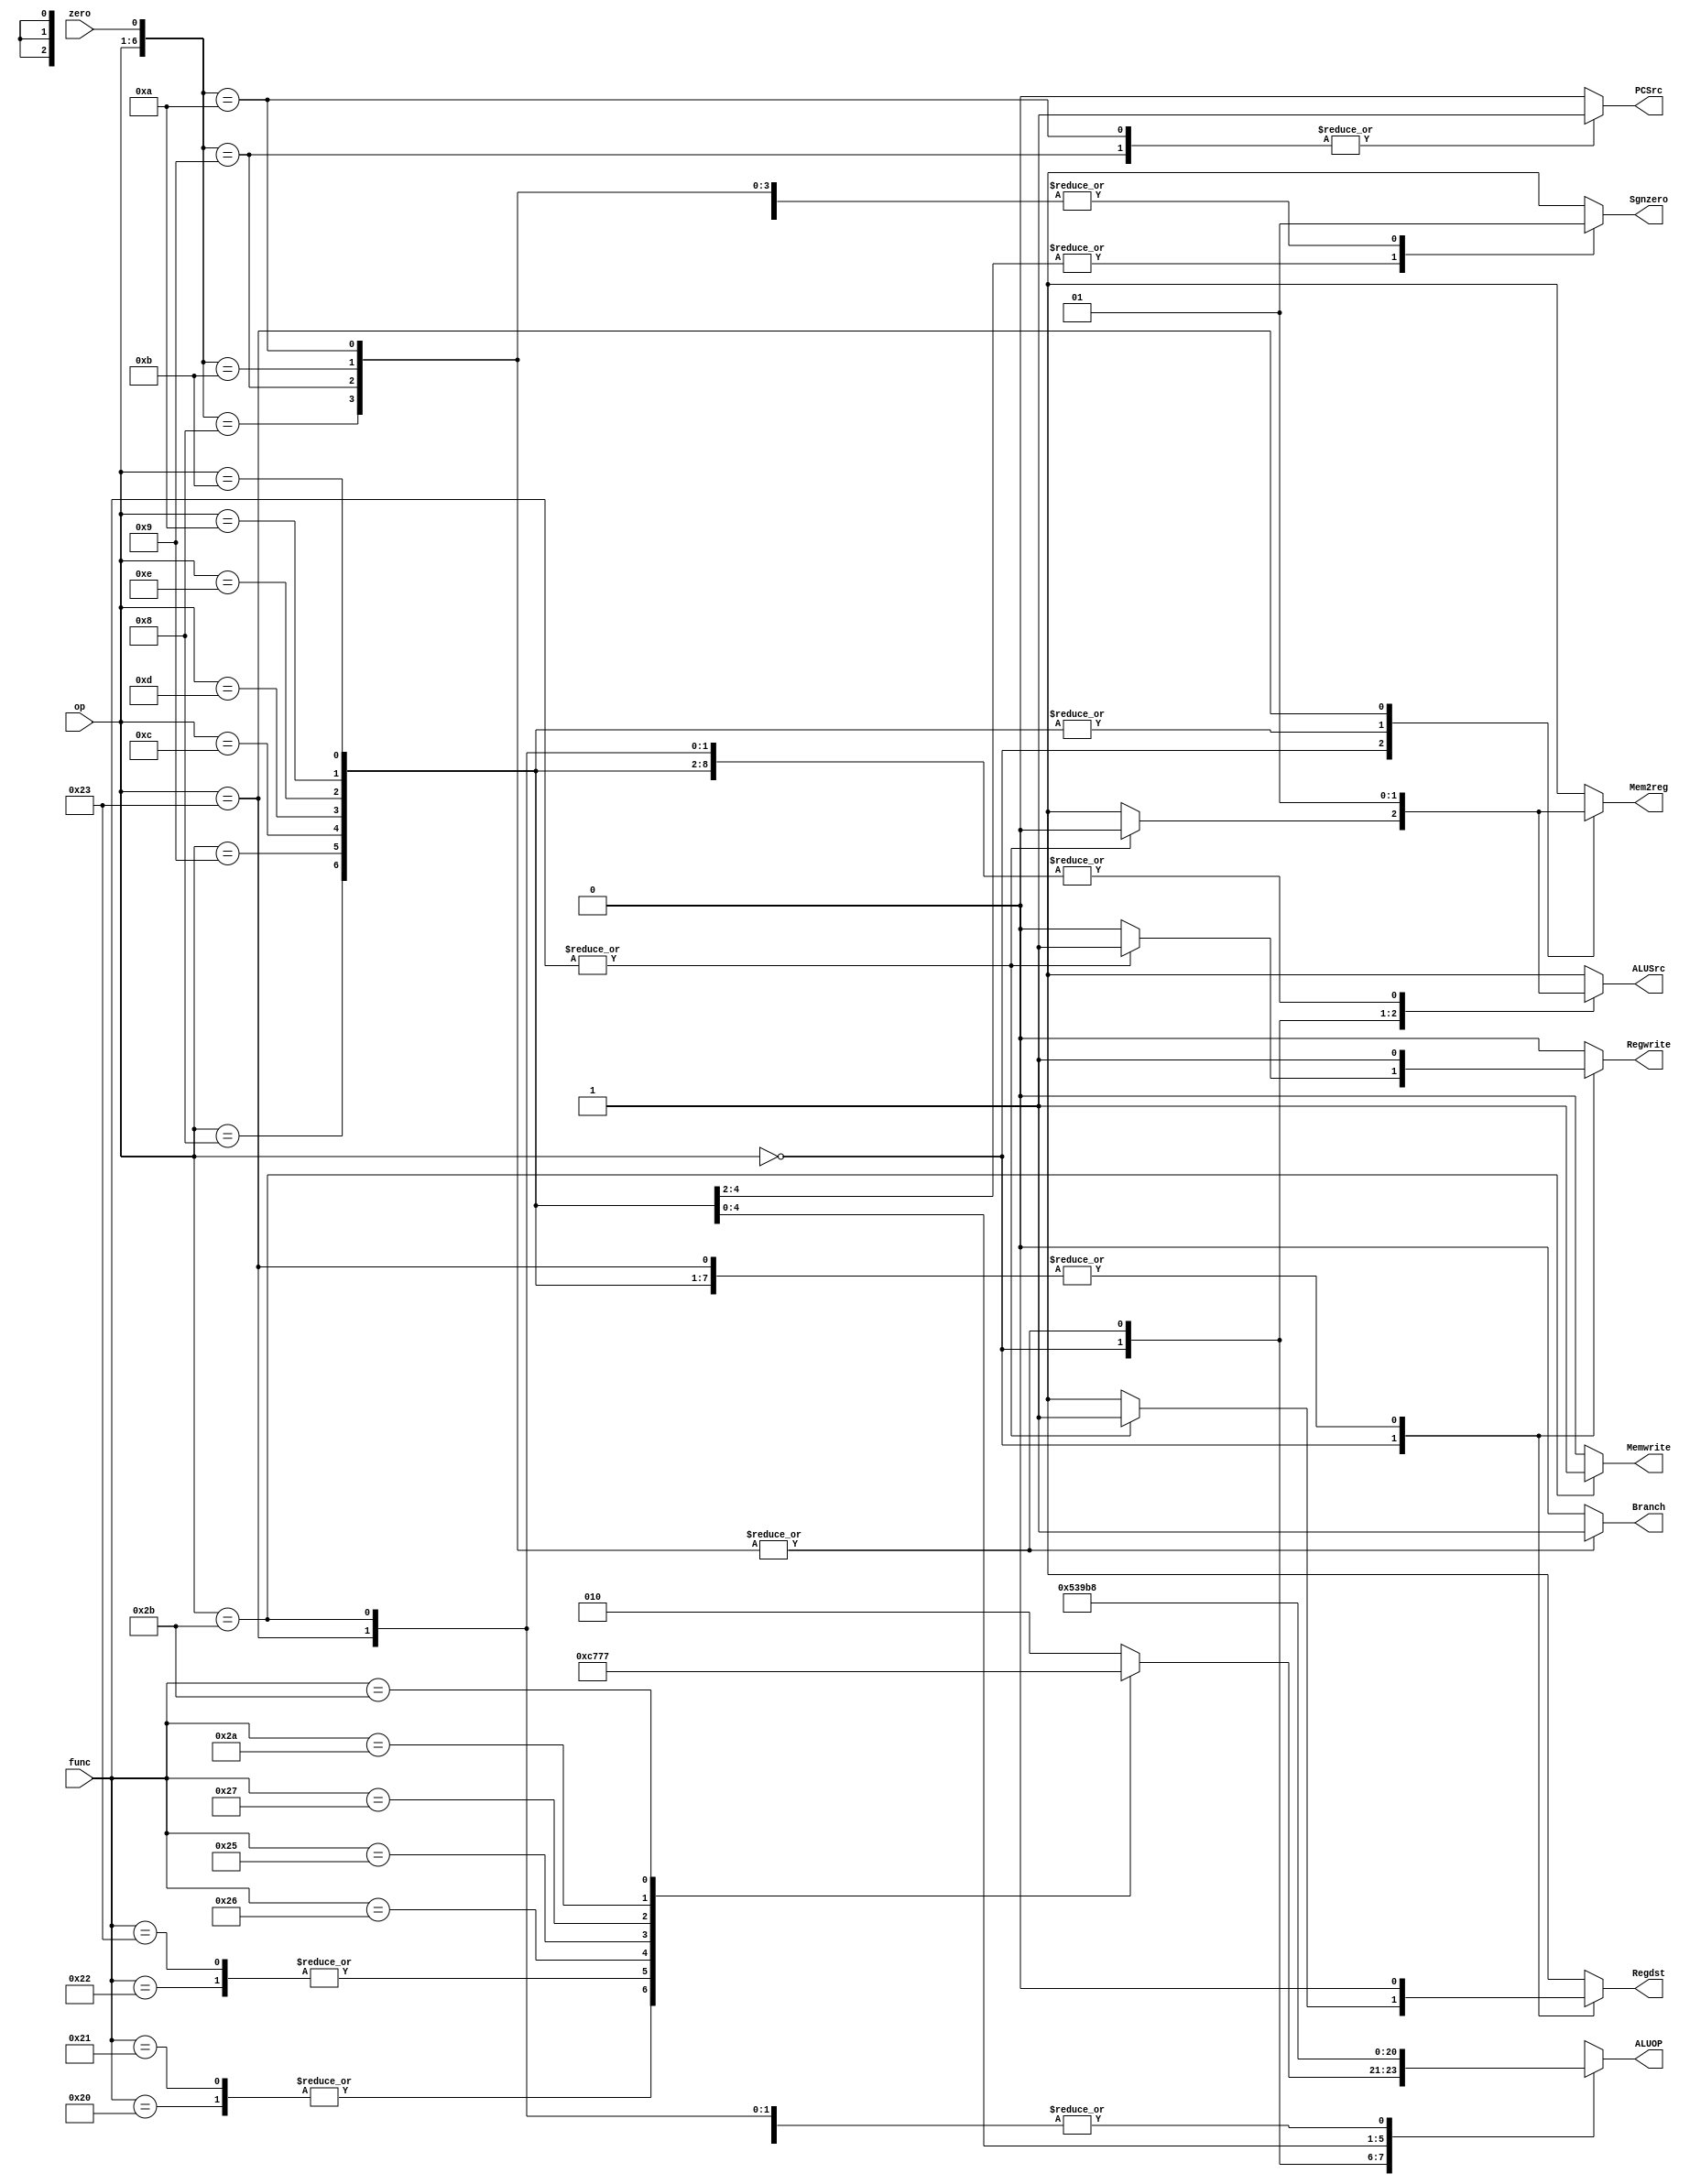
`timescale 1ns / 1ps
module Controller(op, func, zero
						, Mem2reg, Memwrite, PCSrc, ALUOP, ALUSrc, Regdst, Regwrite, Sgnzero, Branch);
	input [5:0]op,func;
	input zero;
	output reg Mem2reg, Memwrite, PCSrc, ALUSrc, Regdst, Regwrite, Sgnzero, Branch;
	output reg [2:0]ALUOP;
	
	always @(*) begin
		casex({op,zero})
			{6'h00,1'bx}: begin //R-type
				case(func)
					6'd32: // add
						ALUOP = 3'b000;
					6'd33: // addu
						ALUOP = 3'b000;
					6'd34: // sub
						ALUOP = 3'b001;
					6'd35: //subu
						ALUOP = 3'b001;
					6'd36: //and
						ALUOP = 3'b010;
					6'd38: //xor
						ALUOP = 3'b100;
					6'd37: //or
						ALUOP = 3'b011;
					6'd39: //nor 
						ALUOP = 3'b101;
					6'd42: //slt
						ALUOP = 3'b110;
					6'd43: //sltu
						ALUOP = 3'b111;
					default:
						ALUOP = 3'b010;
				endcase
				if(|func) begin
					Sgnzero = 1'bx;
					Regdst = 1'b1;
					Regwrite = 1'b1;
					Mem2reg = 1'b0;
					PCSrc = 1'b0;
					ALUSrc = 1'b0;
					Memwrite = 1'b0;
					Branch = 1'b0;
				end else begin  //nop
					Sgnzero = 1'bx;
					Regdst = 1'bx;
					Regwrite = 1'b0;
					Mem2reg = 1'bx;
					PCSrc = 1'b0;
					ALUSrc = 1'bx;
					Memwrite = 1'b0;
					Branch = 1'b0;
				end
			end
			{6'd4,1'b0}: begin //beq not taken
				Sgnzero = 1'b1;
				Regdst = 1'bx;
				Regwrite = 1'b0;
				Mem2reg = 1'bx;
				PCSrc = 1'b0;
				ALUSrc = 1'b0;
				Memwrite = 1'b0;
				ALUOP = 3'b001;
				Branch = 1'b1;
				end
			{6'd4,1'b1}:  begin //beq taken
				Sgnzero = 1'b1;
				Regdst = 1'bx;
				Regwrite = 1'b0;
				Mem2reg = 1'bx;
				PCSrc = 1'b1;
				ALUSrc = 1'b0;
				Memwrite = 1'b0;
				ALUOP = 3'b001;
				Branch = 1'b1;
				end
			{6'd5,1'b1}: begin //bne not taken
				Sgnzero = 1'b1;
				Regdst = 1'bx;
				Regwrite = 1'b0;
				Mem2reg = 1'bx;
				PCSrc = 1'b0;
				ALUSrc = 1'b0;
				Memwrite = 1'b0;
				ALUOP = 3'b001;
				Branch = 1'b1;
				end
			{6'd5,1'b0}: begin //bne taken
				Sgnzero = 1'b1;
				Regdst = 1'bx;
				Regwrite = 1'b0;
				Mem2reg = 1'bx;
				PCSrc = 1'b1;
				ALUSrc = 1'b0;
				Memwrite = 1'b0;
				ALUOP = 3'b001;
				Branch = 1'b1;
				end
			{6'd8,1'bx}: begin //addi
				Sgnzero = 1'b1;
				Regdst = 1'b0;
				Regwrite = 1'b1;
				Mem2reg = 1'b0;
				PCSrc = 1'b0;
				ALUSrc = 1'b1;
				Memwrite = 1'b0;
				ALUOP = 3'b000;
				Branch = 1'b0;
				end
			{6'd9,1'bx}: begin //addiu
				Sgnzero = 1'b1;
				Regdst = 1'b0;
				Regwrite = 1'b1;
				Mem2reg = 1'b0;
				PCSrc = 1'b0;
				ALUSrc = 1'b1;
				Memwrite = 1'b0;
				ALUOP = 3'b000;
				Branch = 1'b0;
				end
			{6'd12,1'bx}: begin //andi
				Sgnzero = 1'b0;
				Regdst = 1'b0;
				Regwrite = 1'b1;
				Mem2reg = 1'b0;
				PCSrc = 1'b0;
				ALUSrc = 1'b1;
				Memwrite = 1'b0;
				ALUOP = 3'b010;
				Branch = 1'b0;
				end
			{6'd13,1'bx}: begin //ori
				Sgnzero = 1'b0;
				Regdst = 1'b0;
				Regwrite = 1'b1;
				Mem2reg = 1'b0;
				PCSrc = 1'b0;
				ALUSrc = 1'b1;
				Memwrite = 1'b0;
				ALUOP = 3'b011;
				Branch = 1'b0;
				end
			{6'd14,1'bx}: begin //xori
				Sgnzero = 1'b0;
				Regdst = 1'b0;
				Regwrite = 1'b1;
				Mem2reg = 1'b0;
				PCSrc = 1'b0;
				ALUSrc = 1'b1;
				Memwrite = 1'b0;
				ALUOP = 3'b100;
				Branch = 1'b0;
				end
			{6'd10,1'bx}: begin //slti
				Sgnzero = 1'b1;
				Regdst = 1'b0;
				Regwrite = 1'b1;
				Mem2reg = 1'b0;
				PCSrc = 1'b0;
				ALUSrc = 1'b1;
				Memwrite = 1'b0;
				ALUOP = 3'b110;
				Branch = 1'b0;
				end
			{6'd11,1'bx}: begin //sltiu
				Sgnzero = 1'b1;
				Regdst = 1'b0;
				Regwrite = 1'b1;
				Mem2reg = 1'b0;
				PCSrc = 1'b0;
				ALUSrc = 1'b1;
				Memwrite = 1'b0;
				ALUOP = 3'b111;
				Branch = 1'b0;
				end
			{6'd35,1'bx}: begin //lw
				Sgnzero = 1'b1;
				Regdst = 1'b0;
				Regwrite = 1'b1;
				Mem2reg = 1'b1;
				PCSrc = 1'b0;
				ALUSrc = 1'b1;
				Memwrite = 1'b0;
				ALUOP = 3'b000;
				Branch = 1'b0;
				end
			{6'd43,1'bx}: begin //sw
				Sgnzero = 1'b1;
				Regdst = 1'bx;
				Regwrite = 1'b0;
				Mem2reg = 1'bx;
				PCSrc = 1'b0;
				ALUSrc = 1'b1;
				Memwrite = 1'b1;
				ALUOP = 3'b000;
				Branch = 1'b0;
				end
			default: begin
				Sgnzero = 1'bx;
				Regdst = 1'bx;
				Regwrite = 1'b0;
				Mem2reg = 1'bx;
				PCSrc = 1'b0;
				ALUSrc = 1'bx;
				Memwrite = 1'b0;
				ALUOP = 3'bxxx;
				Branch = 1'b0;
				end
			endcase
	end
	
endmodule